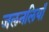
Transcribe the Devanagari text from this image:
जलनलियाँ